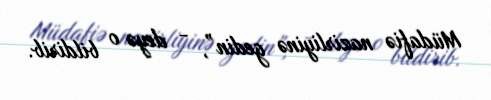
Müdafiə nazirliyinə gedin”, - deyə o bildirib.